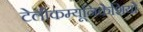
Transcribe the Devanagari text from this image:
टेलीकम्यूनिकेशियो